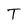
Character: T